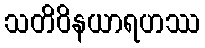
သတိဝိနယာရဟဿ